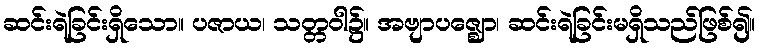
ဆင်းရဲခြင်းရှိသော။ ပဇာယ၊ သတ္တဝါ၌။ အဗျာပဇ္ဈော၊ ဆင်းရဲခြင်းမရှိသည်ဖြစ်၍။